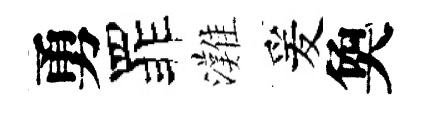
勇罪灘爰奐